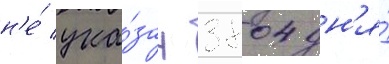
н'е́ ука́зан 3804 дн'я́